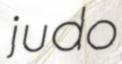
judo